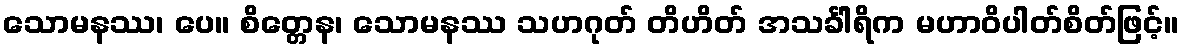
သောမနဿ၊ ပေ။ စိတ္တေန၊ သောမနဿ သဟဂုတ် တိဟိတ် အသင်္ခါရိက မဟာဝိပါတ်စိတ်ဖြင့်။